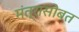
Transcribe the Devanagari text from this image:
मंत्रासोबत